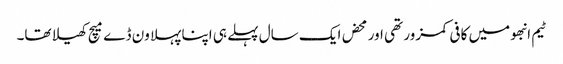
ٹیم انبھو میں کافی کمزور تھی اور محض ایک سال پہلے ہی اپنا پہلا ون ڈے میچ کھیلا تھا۔